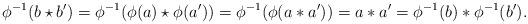
LaTeX: \begin{align*}\phi^{-1}(b\star b') = \phi^{-1}(\phi(a)\star\phi(a')) = \phi^{-1}(\phi(a\ast a')) = a\ast a' = \phi^{-1}(b) \ast \phi^{-1}(b').\end{align*}